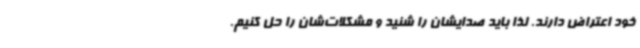
خود اعتراض دارند. لذا باید صدایشان را شنید و مشکلات‌شان را حل کنیم.